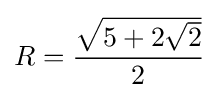
R={\frac {\sqrt {5+2{\sqrt {2}}}}{2}}